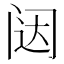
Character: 闼